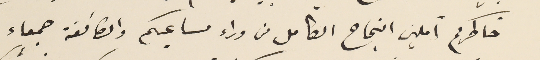
خاطركم آملين النجاح الكامل من وراء مساعيكم والطائفة جمعاء